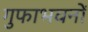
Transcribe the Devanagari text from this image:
गुफाभवनों